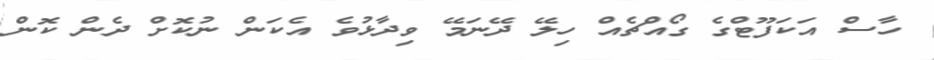
ހާސް އަކަފޫޓްްގެ ގޯއްޗެއް ހިލޭ ދޭނަމޭ ވިދާޅުވެ އެކަން ނުކޮށް ދެން ކޮން